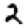
Digit: 2